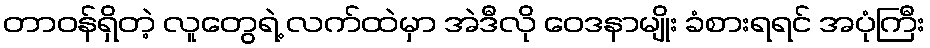
တာဝန်ရှိတဲ့ လူတွေရဲ့ လက်ထဲမှာ အဲဒီလို ဝေဒနာမျိုး ခံစားရရင် အပုံကြီး